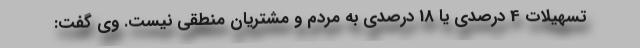
تسهیلات 4 درصدی یا 18 درصدی به مردم و مشتریان منطقی نیست. وی گفت: